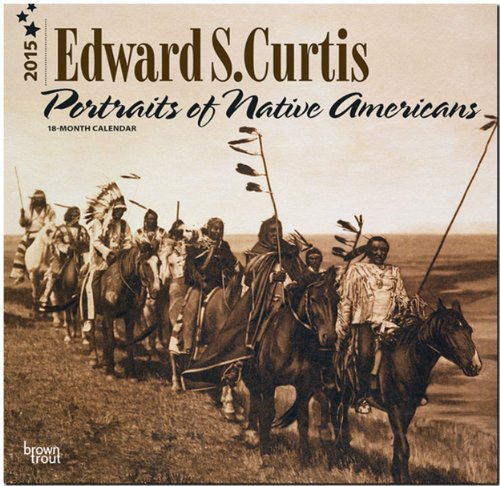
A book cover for By BrownTrout Curtis, Edward S - Portraits of Native Americans 2015 Square 12x12 (Multilingual Edition) (Wal) [Calendar]; Calendars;